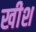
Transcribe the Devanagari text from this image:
खीश